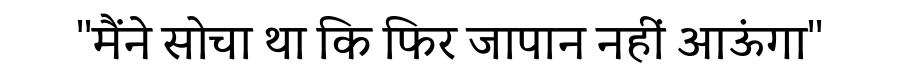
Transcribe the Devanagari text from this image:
''मैंने सोचा था कि फिर जापान नहीं आऊंगा''